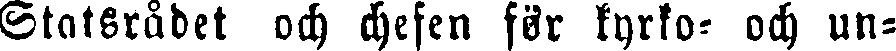
Statsrådet och chefen för kyrko- och un-